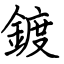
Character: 鍍